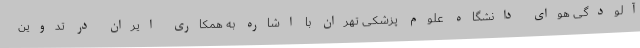
آلودگی هوای دانشگاه علوم پزشکی تهران با اشاره به همکاری ایران در تدوین